Annual report on the lock hospitals of the Madras Presidency
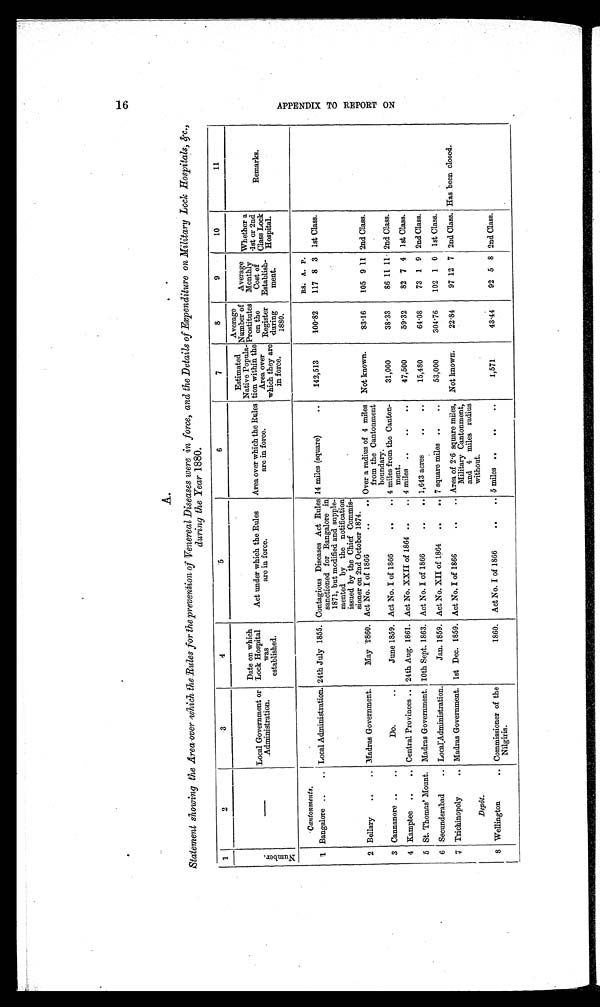
A.
Statement showing the Area over which the Rules for the prevention of Venereal Diseases were in force, and the Details of _Expenditure on Military Lock Hospitals, ikc.,
during the Year 1880.
1
2
3
4
5
6
7
8
9
10
11
N u m b e r .
C a n t o n m e n t s .
Local Government or
Administration.
Date on which
Lock Hospital
was
established.
Act under which the Rules
are in force.
Area over which the Rules
are in force.
Estimated.
Native Popula-
tion within the
Area over
which they are
in force.
Average
Number o f p r o s t i t u t e s
o n t h e
Register during 1880.
Average
Monthly Cost of
Establish ment .
Whether a
1st or 2 n d
C l a s s L o c k
Hospital.
Remarks.
,
RS. A. P.
1 Bangalore .. .. Local Administration. 24th July 1855. Contagious Diseases Act Rules
sanctioned for Bangalore in
1871, but modified and supple-
mented by the notification
issued by the Chief Commis-
sioner on 2nd October 1874.
14 miles (square).. 142,513
100 82 117 8 3 1st Class.
2 Bellary .. .. Madras Government.
May 1860. Act No. I of 1866
.. .. Over a radius of 4 miles
from the Cantonment
boundary.
Not known. 83.16 105 9 11 2nd Class.
3 Cannanore .. ..
Do.
..
June 1859. Act No. I of 1866
.. .. 4 miles from the Canton
-ment.
31,000
38' 33 86 11 11 2nd Class.
4 Kamptee .. .. Central Provinces .. 24th Aug. 1861. Act No. XXII of 1864 .. .. 4 miles .. .. .. 47,500
59 32 82 7 4 1st Class.
5 St. Thomas' Mount. Madras Government. 10th Sept. 1863. Act No. I of 1866
.. .. 1,643 acres .. .. 15,480
64.08 73 1 9 2nd Class.
6 Secunderabad .. Local:Administration.
Jan. 1859. Act No. XII of 1864 ., .. 7 square miles .. .. 53,000
304.76 102 1 0 1st Class.
7 Trichinopoly ..
Depôt.
Madras Government. 1st Dec. 1859. Act No. I of 1866
.. .. Area of 2.6 square miles,
Military Cantonment,
and 4 miles radius
without.
Not known. 22.84 97 12 7 2nd Class. Has been closed.
8
1
Wellington
.. Commissioner of the
Nilgiris.
1860. Act No. I of 1866 .. .. 5 miles .. .. ..
1,571
43.44 92 5 8 2nd Class.